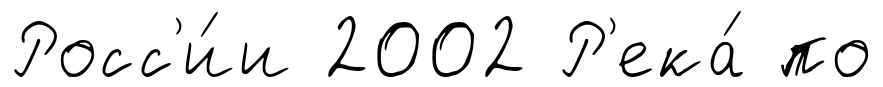
Росс'и́и 2002 Р'ека́ по